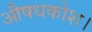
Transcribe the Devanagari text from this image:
औषधकोश।